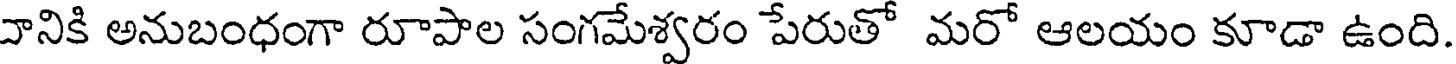
వానికి అనుబంధంగా రూపాల సంగమేశ్వరం పేరుతో మరో ఆలయం కూడా ఉంది.